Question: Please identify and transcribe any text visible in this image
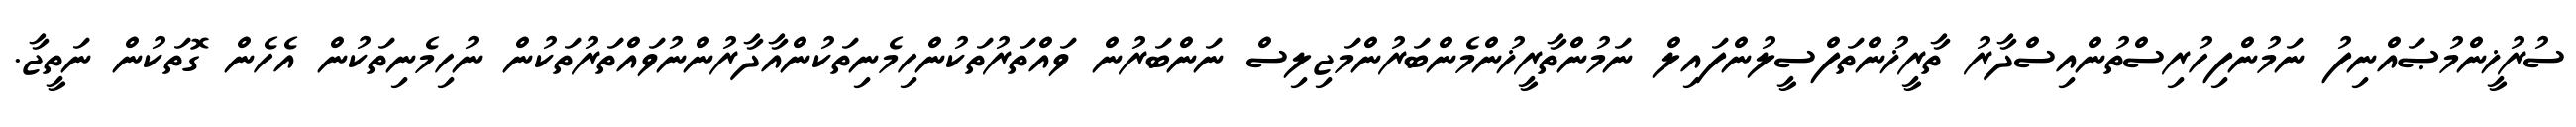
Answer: ސުރުޚީންމުޞައްނިފު ނަމުންފިހުރިސްތުންއިސްދާރު ތާރީޚުންތަފްސީލުންފައިލް ނަމުންތާރީޚުންމެންބަރުންމަޖިލިސް ނަންބަރުން ވައްތަރުތަކުންހިމެނިތަކުންއާދާރުންނުވައްތަރުތަކުން ނުހިމެނިތަކުން އެހެން ގޮތަކުން ނަތީޖާ.